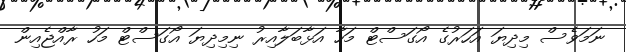
ނަމަވެސް މިދިޔަ އަހަރުގެ އޯގަސްޓް މަހާ އަޅާބަލާއިރު ނިމިދިޔަ އޯގަސްޓް މަހު ރާއްޖެއިން